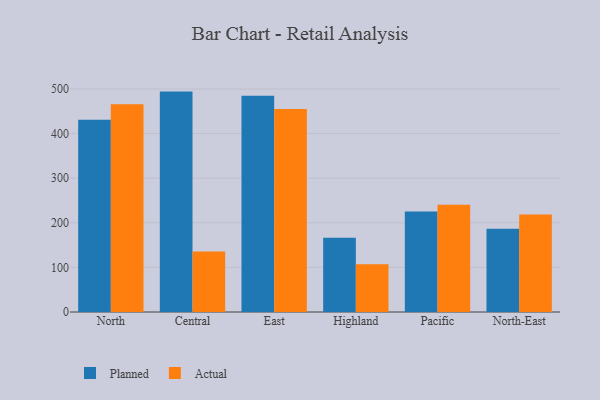
{"axis": {"x": "Region", "y": "Active Users"}, "legend": ["Actual", "Planned"], "data": [{"x": "North", "y": 431.1, "type": "Planned"}, {"x": "North", "y": 465.8, "type": "Actual"}, {"x": "Central", "y": 494.1, "type": "Planned"}, {"x": "Central", "y": 135.6, "type": "Actual"}, {"x": "East", "y": 484.9, "type": "Planned"}, {"x": "East", "y": 455.0, "type": "Actual"}, {"x": "Highland", "y": 166.4, "type": "Planned"}, {"x": "Highland", "y": 106.9, "type": "Actual"}, {"x": "Pacific", "y": 225.2, "type": "Planned"}, {"x": "Pacific", "y": 240.3, "type": "Actual"}, {"x": "North-East", "y": 186.7, "type": "Planned"}, {"x": "North-East", "y": 218.7, "type": "Actual"}]}